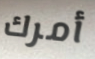
أمرك